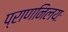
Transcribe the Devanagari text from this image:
प्राणनिलयः